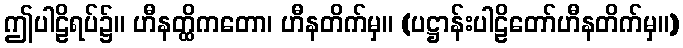
ဤပါဠိရပ်၌။ ဟီနတ္ထိကတော၊ ဟီနတိက်မှ။ (ပဋ္ဌာန်းပါဠိတော်ဟီနတိက်မှ။)